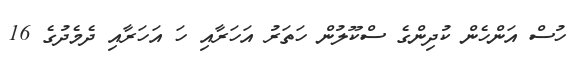
ހުސް އަންހެން ކުދިންގެ ސްކޫލުން ހަތަރު އަހަރާއި ހަ އަހަރާއި ދެމެދުގެ 16